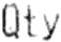
QTY